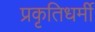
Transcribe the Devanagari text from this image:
प्रकृतिधर्मी